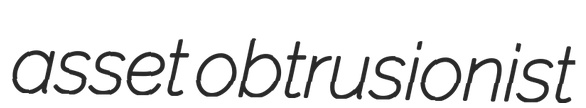
asset obtrusionist